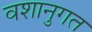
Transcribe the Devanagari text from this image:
वशानुगत